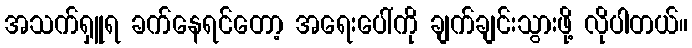
အသက်ရှူရ ခက်နေရင်တော့ အရေးပေါ်ကို ချက်ချင်းသွားဖို့ လိုပါတယ်။